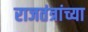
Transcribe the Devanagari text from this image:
राजतंत्रांच्या